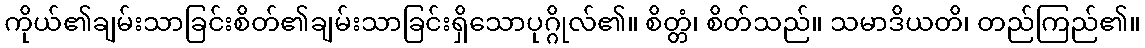
ကိုယ်၏ချမ်းသာခြင်းစိတ်၏ချမ်းသာခြင်းရှိသောပုဂ္ဂိုလ်၏။ စိတ္တံ၊ စိတ်သည်။ သမာဒိယတိ၊ တည်ကြည်၏။